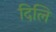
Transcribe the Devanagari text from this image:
दिलि